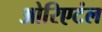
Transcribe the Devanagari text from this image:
ओरिएटंल